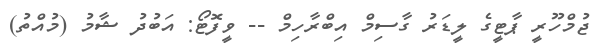
ޖުމްހޫރީ ޕާޓީގެ ލީޑަރު ގާސިމް އިބްރާހިމް -- ވީފޮޓޯ: އަބުދު ޝާމު (މުއްތު)